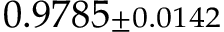
0 . 9 7 8 5 { \scriptstyle \pm 0 . 0 1 4 2 }